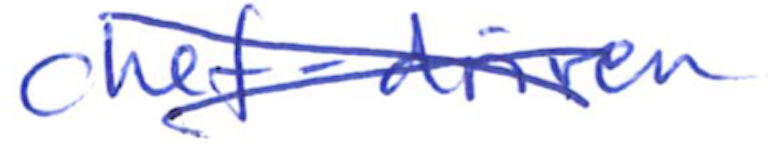
Text: chef-driven
Cross-out: cross
Writing tool: ballpoint